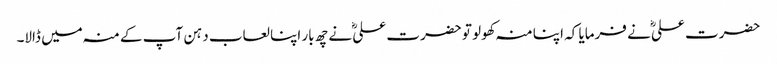
حضرت علیؓ نے فرمایا کہ اپنا منہ کھولو تو حضرت علیؓ نے چھ بار اپنا لعاب دہن آپ کے منہ میں ڈالا۔